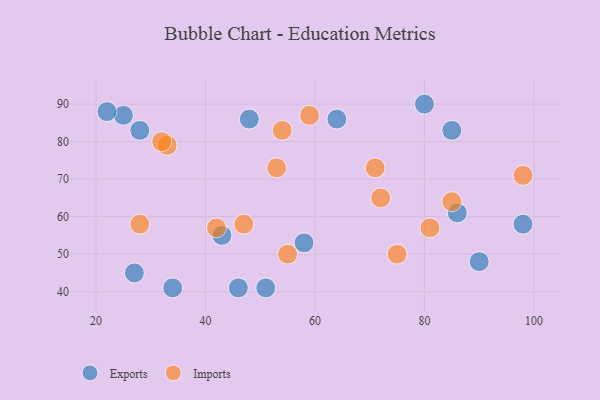
{"axis": {"x": "GDP", "y": "Life Expectancy"}, "legend": ["Exports", "Imports"], "data": [{"x": "25", "y": 87, "type": "Exports"}, {"x": "98", "y": 58, "type": "Exports"}, {"x": "80", "y": 90, "type": "Exports"}, {"x": "28", "y": 83, "type": "Exports"}, {"x": "22", "y": 88, "type": "Exports"}, {"x": "85", "y": 83, "type": "Exports"}, {"x": "27", "y": 45, "type": "Exports"}, {"x": "90", "y": 48, "type": "Exports"}, {"x": "46", "y": 41, "type": "Exports"}, {"x": "64", "y": 86, "type": "Exports"}, {"x": "86", "y": 61, "type": "Exports"}, {"x": "58", "y": 53, "type": "Exports"}, {"x": "34", "y": 41, "type": "Exports"}, {"x": "43", "y": 55, "type": "Exports"}, {"x": "51", "y": 41, "type": "Exports"}, {"x": "48", "y": 86, "type": "Exports"}, {"x": "42", "y": 57, "type": "Imports"}, {"x": "81", "y": 57, "type": "Imports"}, {"x": "54", "y": 83, "type": "Imports"}, {"x": "98", "y": 71, "type": "Imports"}, {"x": "59", "y": 87, "type": "Imports"}, {"x": "75", "y": 50, "type": "Imports"}, {"x": "72", "y": 65, "type": "Imports"}, {"x": "55", "y": 50, "type": "Imports"}, {"x": "28", "y": 58, "type": "Imports"}, {"x": "85", "y": 64, "type": "Imports"}, {"x": "47", "y": 58, "type": "Imports"}, {"x": "71", "y": 73, "type": "Imports"}, {"x": "53", "y": 73, "type": "Imports"}, {"x": "33", "y": 79, "type": "Imports"}, {"x": "32", "y": 80, "type": "Imports"}]}